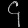
Digit: ၄